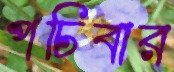
পচিবার